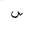
Letter: _sin